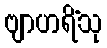
ဗျာဟရိံသု